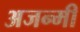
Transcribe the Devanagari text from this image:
अजन्मी